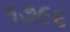
૧૭૯૬